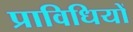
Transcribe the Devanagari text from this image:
प्राविधियों